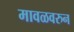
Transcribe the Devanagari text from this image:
मावळवरुन